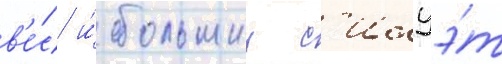
в'е́с и́ большии с'илуэ́т